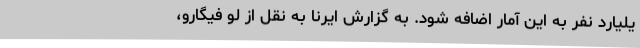
یلیارد نفر به این آمار اضافه شود. به گزارش ایرنا به نقل از لو فیگارو،